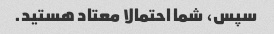
سپس، شما احتمالا معتاد هستید.